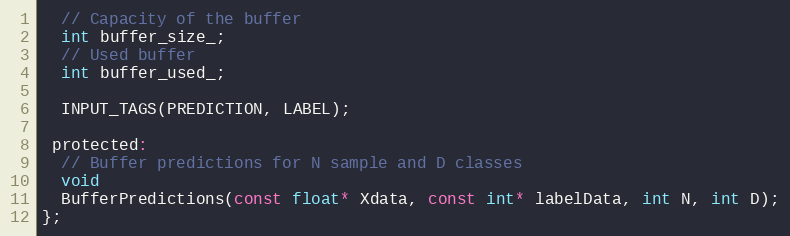
Language: C
  // Capacity of the buffer
  int buffer_size_;
  // Used buffer
  int buffer_used_;

  INPUT_TAGS(PREDICTION, LABEL);

 protected:
  // Buffer predictions for N sample and D classes
  void
  BufferPredictions(const float* Xdata, const int* labelData, int N, int D);
};